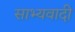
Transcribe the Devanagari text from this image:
साभ्यवादी